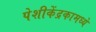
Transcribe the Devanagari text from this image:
पेशीकेंद्रकामध्ये